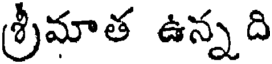
శ్రీమాత ఉన్నది